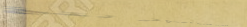
استوديو تصوير احترافي لتخ